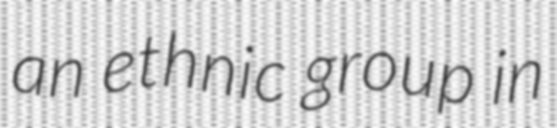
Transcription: an ethnic group in